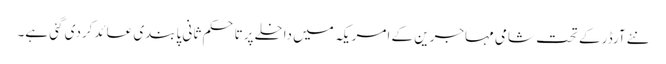
نئے آرڈر کے تحت شامی مہاجرین کے امریکہ میں داخلے پرتاحکم ثانی پابندی عائدکردی گئی ہے۔